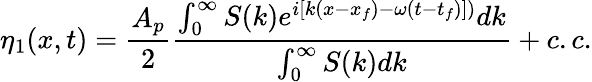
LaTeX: \eta_{1}(x,t)=\frac{A_{p}}{2}\frac{\int_{0}^{\infty}S(k)e^{i[k(x-x_{f})-\omega(t-t_{f})])}dk}{\int_{0}^{\infty}S(k)dk}+c.c.